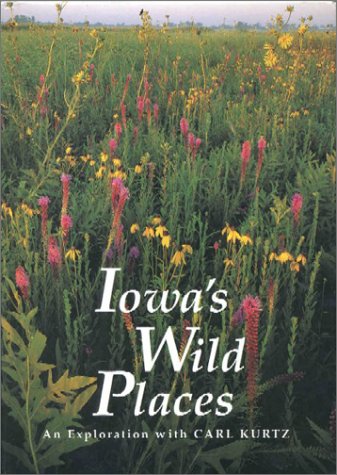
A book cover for Iowa's Wild Places: An Exploration; Carl Kurtz; Travel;